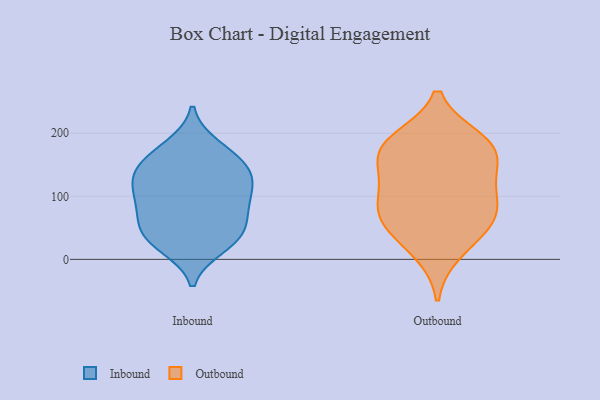
{"axis": {"x": "Customer Acquisition Cost (USD)", "y": "Value"}, "legend": ["Inbound", "Outbound"], "data": [{"x": "", "y": 147, "type": "Inbound"}, {"x": "", "y": 20, "type": "Inbound"}, {"x": "", "y": 86, "type": "Inbound"}, {"x": "", "y": 124, "type": "Inbound"}, {"x": "", "y": 95, "type": "Inbound"}, {"x": "", "y": 151, "type": "Inbound"}, {"x": "", "y": 138, "type": "Inbound"}, {"x": "", "y": 42, "type": "Inbound"}, {"x": "", "y": 180, "type": "Inbound"}, {"x": "", "y": 64, "type": "Inbound"}, {"x": "", "y": 51, "type": "Inbound"}, {"x": "", "y": 130, "type": "Inbound"}, {"x": "", "y": 88, "type": "Inbound"}, {"x": "", "y": 111, "type": "Inbound"}, {"x": "", "y": 36, "type": "Inbound"}, {"x": "", "y": 25, "type": "Inbound"}, {"x": "", "y": 172, "type": "Inbound"}, {"x": "", "y": 123, "type": "Outbound"}, {"x": "", "y": 176, "type": "Outbound"}, {"x": "", "y": 100, "type": "Outbound"}, {"x": "", "y": 68, "type": "Outbound"}, {"x": "", "y": 179, "type": "Outbound"}, {"x": "", "y": 144, "type": "Outbound"}, {"x": "", "y": 86, "type": "Outbound"}, {"x": "", "y": 12, "type": "Outbound"}, {"x": "", "y": 177, "type": "Outbound"}, {"x": "", "y": 189, "type": "Outbound"}, {"x": "", "y": 56, "type": "Outbound"}, {"x": "", "y": 52, "type": "Outbound"}]}